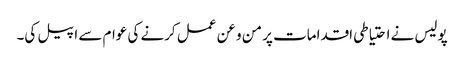
پولیس نے احتیاطی اقدامات پر من و عن عمل کرنے کی عوام سے اپیل کی۔